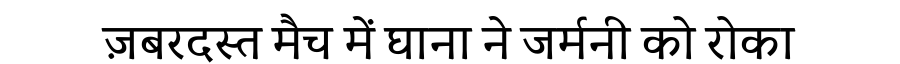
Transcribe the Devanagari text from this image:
ज़बरदस्त मैच में घाना ने जर्मनी को रोका